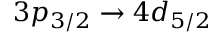
3 p _ { 3 / 2 } \rightarrow 4 d _ { 5 / 2 }